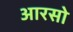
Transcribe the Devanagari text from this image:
आरसो